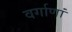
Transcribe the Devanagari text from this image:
वर्गाणां